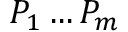
P _ { 1 } \ldots P _ { m }